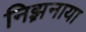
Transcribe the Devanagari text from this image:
निझ़नाया